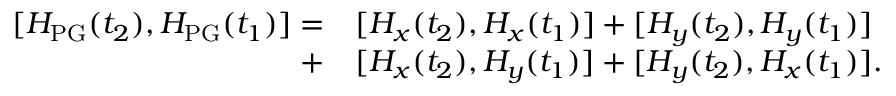
\begin{array} { r l } { [ H _ { \mathrm { P G } } ( t _ { 2 } ) , H _ { \mathrm { P G } } ( t _ { 1 } ) ] = } & { [ H _ { x } ( t _ { 2 } ) , H _ { x } ( t _ { 1 } ) ] + [ H _ { y } ( t _ { 2 } ) , H _ { y } ( t _ { 1 } ) ] } \\ { + } & { [ H _ { x } ( t _ { 2 } ) , H _ { y } ( t _ { 1 } ) ] + [ H _ { y } ( t _ { 2 } ) , H _ { x } ( t _ { 1 } ) ] . } \end{array}